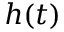
h ( t )